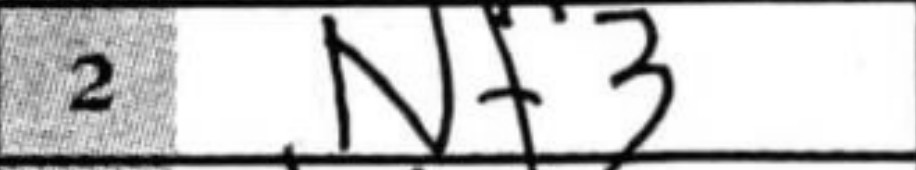
Transcription: Nf3